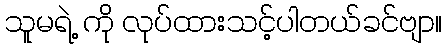
သူမရဲ့ ကို လုပ်ထားသင့်ပါတယ်ခင်ဗျာ။